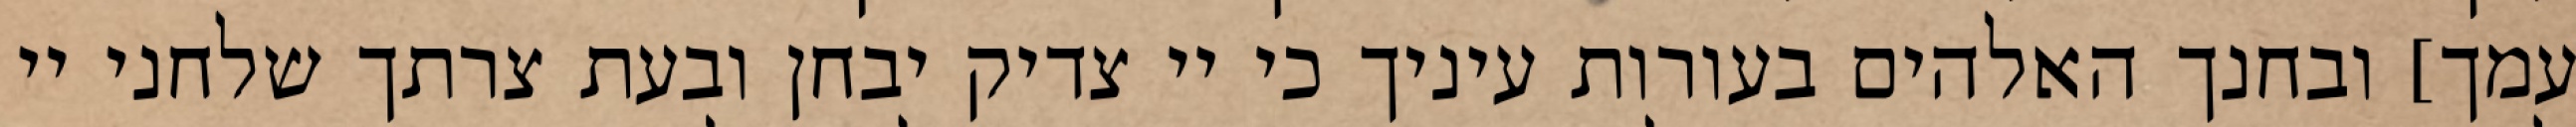
עמך] ובחנך האלהים בעורות עיניך כי יי צדיק יבחן ובעת צרתך שלחני יי